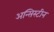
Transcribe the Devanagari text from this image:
अन्सिस्टीन